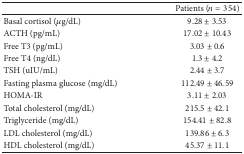
<table><thead><tr><td><b> </b></td><td><b>Patients (<i>n</i> = 354)</b></td></tr></thead><tbody><tr><td>Basal cortisol (<i>μ</i>g/dL)</td><td>9.28 ± 3.53</td></tr><tr><td>ACTH (pg/mL)</td><td>17.02 ± 10.43</td></tr><tr><td>Free T3 (pg/mL)</td><td>3.03 ± 0.6</td></tr><tr><td>Free T4 (ng/dL)</td><td>1.3 ± 4.2</td></tr><tr><td>TSH (uIU/mL)</td><td>2.44 ± 3.7</td></tr><tr><td>Fasting plasma glucose (mg/dL)</td><td>112.49 ± 46.59</td></tr><tr><td>HOMA-IR</td><td>3.11 ± 2.03</td></tr><tr><td>Total cholesterol (mg/dL)</td><td>215.5 ± 42.1</td></tr><tr><td>Triglyceride (mg/dL)</td><td>154.41 ± 82.8</td></tr><tr><td>LDL cholesterol (mg/dL)</td><td>139.86 ± 6.3</td></tr><tr><td>HDL cholesterol (mg/dL)</td><td>45.37 ± 11.1</td></tr></tbody></table>